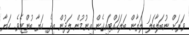
ވަރަށް ނުބަލާބަލަ ލަޔާން ބަލަހައްޓައިގެން އިނުމުން ލަދުން އިދެ ހަޔާ ބުންޏެވެ. ހަޔާ